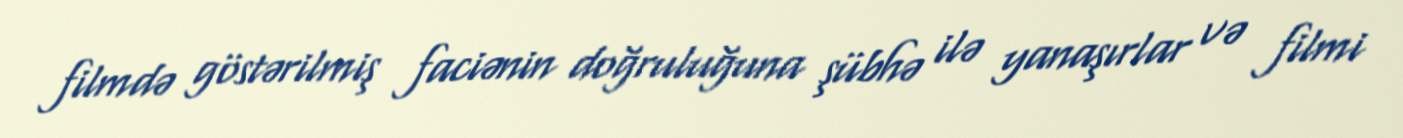
filmdə göstərilmiş faciənin doğruluğuna şübhə ilə yanaşırlar və filmi